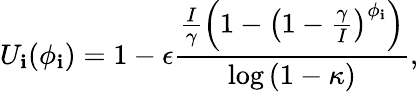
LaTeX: U_{\mathbf{i}}(\phi_{\mathbf{i}})=1-\epsilon\frac{{\frac{{I}}{{\gamma}}\left(1-\left(1-\frac{{\gamma}}{{I}}\right)^{\phi_{\mathbf{i}}}\right)}}{{\log{(1-\kappa)}}},